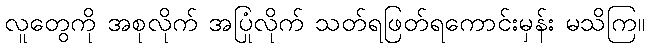
လူတွေကို အစုလိုက် အပြုံလိုက် သတ်ရဖြတ်ရကောင်းမှန်း မသိကြ။